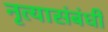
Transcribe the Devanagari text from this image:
नृत्यासंबंधी